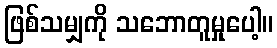
ဖြစ်သမျှကို သဘောတူမှုပေါ့။